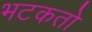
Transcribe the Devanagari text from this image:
भटकतो